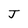
Character: J